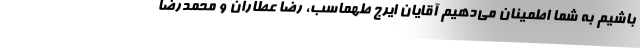
باشیم به شما اطمینان می‌دهیم آقایان ایرج طهماسب، رضا عطاران و محمدرضا